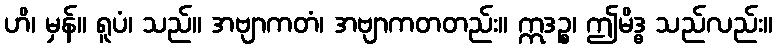
ဟိ၊ မှန်။ ရူပံ၊ သည်။ အဗျာကတံ၊ အဗျာကတတည်း။ ဣဒဉ္စ၊ ဤမိဒ္ဓ သည်လည်း။